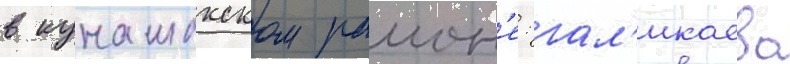
в кунашакском раион'е: гал'икаево